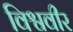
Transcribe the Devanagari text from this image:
विश्ववीर